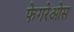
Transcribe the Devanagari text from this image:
फेगरेओस